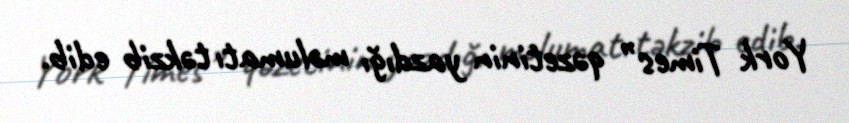
York Times” qəzetinin yazdığı məlumatı təkzib edib.